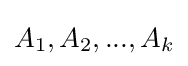
A_{1},A_{2},...,A_{k}